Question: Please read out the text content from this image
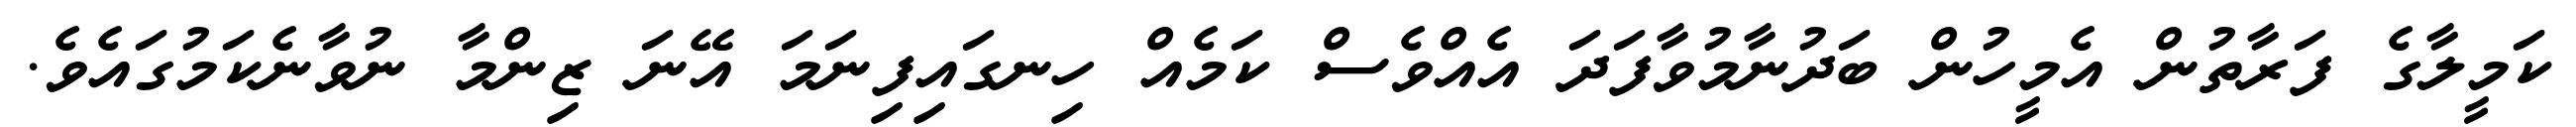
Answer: ކަމީލާގެ ފަރާތުން އެމީހުން ބަދުނާމުވާފަދަ އެއްވެސް ކަމެއް ހިނގައިފިނަމަ އޭނަ ޒިންމާ ނުވާނެކަމުގައެވެ.